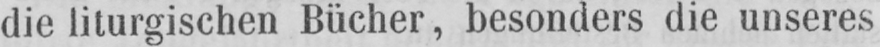
die liturgischen Bücher, besonders die unseres